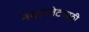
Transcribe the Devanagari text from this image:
नंबरप्लेटसाठी